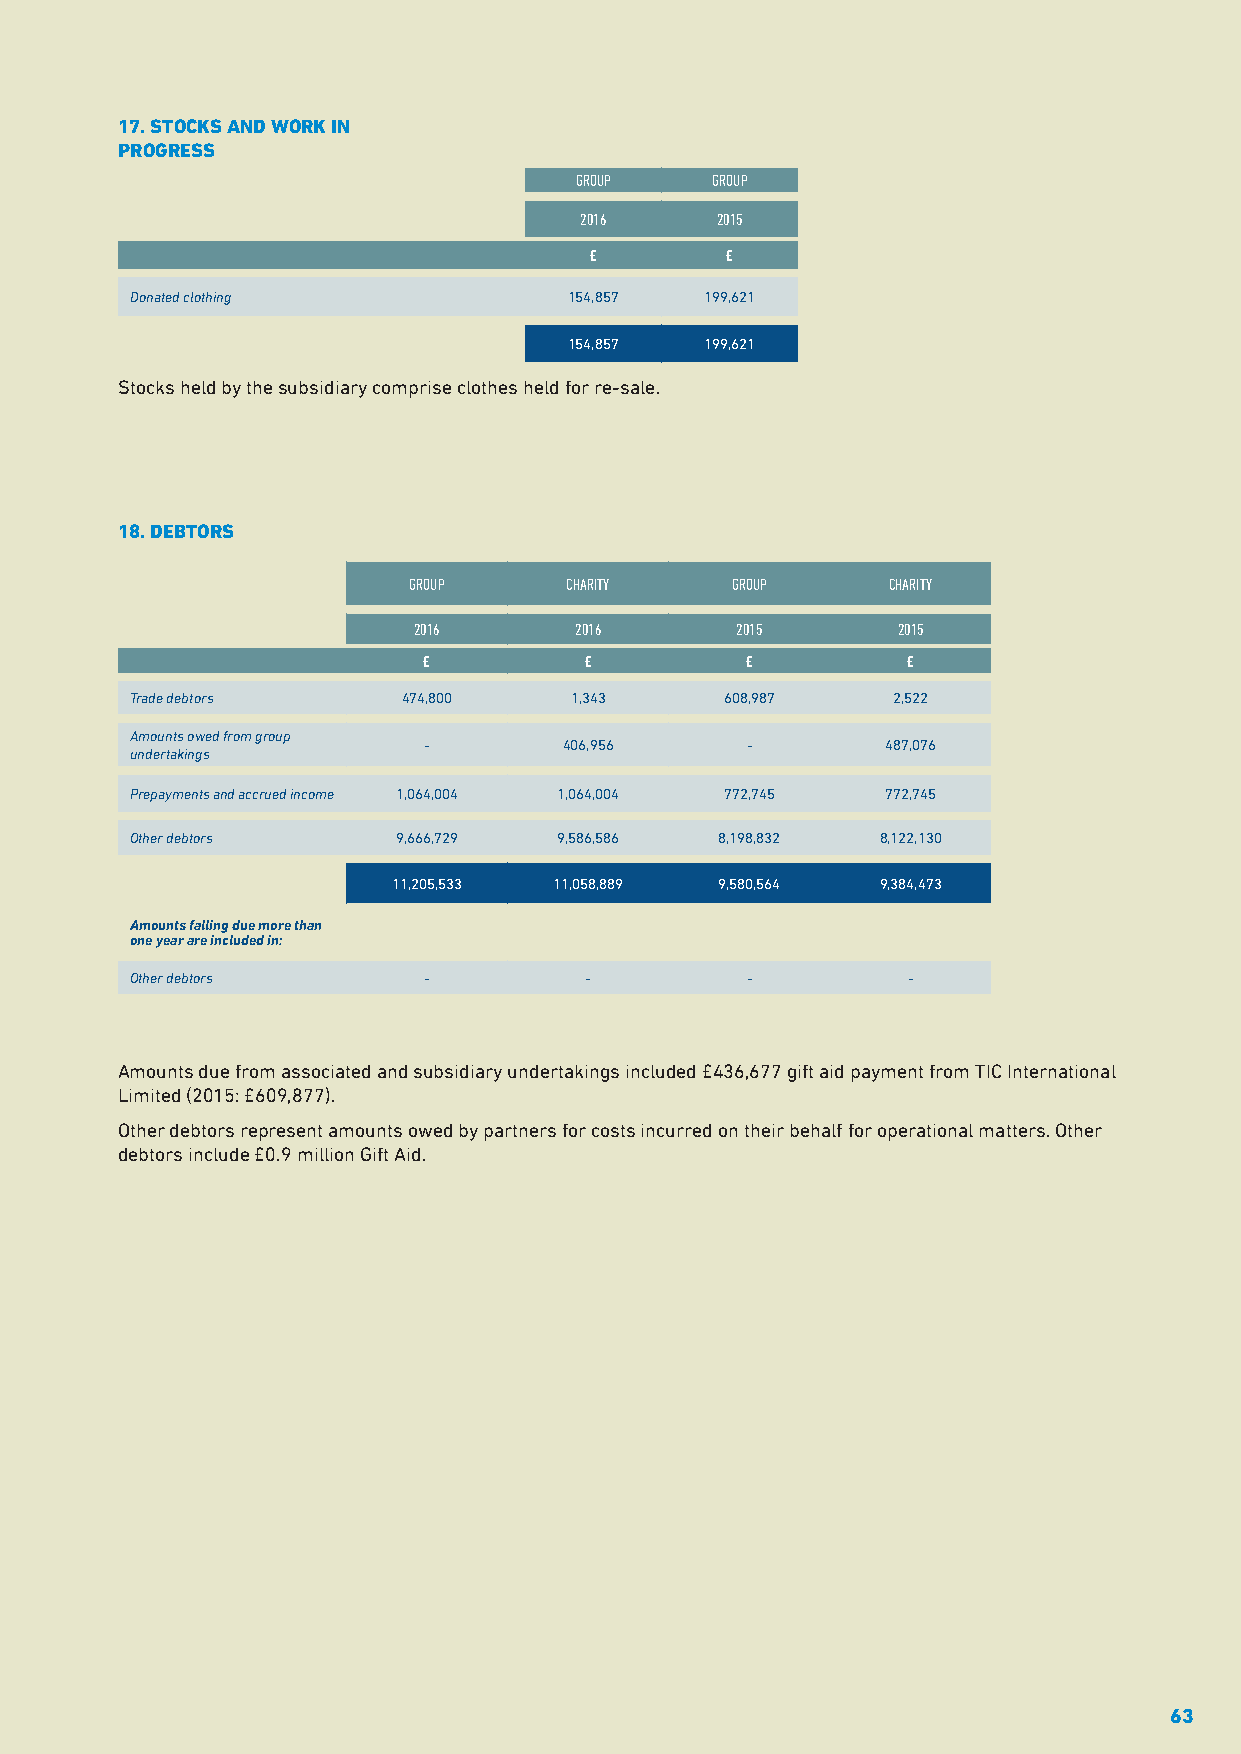
17. STOCKS AND WORK IN
 PROGRESS
 GROUP    GROUP
 2016     2015
 £        £
 Donated clothing             154,857  199,621
 154,857  199,621
 Stocks held by the subsidiary comprise clothes held for re-sale.
 18. DEBTORS
 GROUP     CHARITY    GROUP      CHARITY
 2016       2016       2015      2015
 £          £         £          £
 Trade debtors     474,800    1,343     608,987    2,522
 Amounts owed from group
 -        406,956     -         487,076
 undertakings
 Prepayments and accrued income 1,064,004 1,064,004 772,745 772,745
 Other debtors    9,666,729  9,586,586  8,198,832 8,122,130
 11,205,533 11,058,889 9,580,564 9,384,473
 Amounts falling due more than
 one year are included in:
 Other debtors      -          -         -          -
 Amounts due from associated and subsidiary undertakings included £436,677 gift aid payment from TIC International
 Limited (2015: £609,877).
 Other debtors represent amounts owed by partners for costs incurred on their behalf for operational matters. Other
 debtors include £0.9 million Gift Aid.
 63